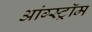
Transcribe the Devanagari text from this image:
आंग्स्ट्रॉम